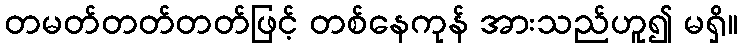
တမတ်တတ်တတ်ဖြင့် တစ်နေကုန် အားသည်ဟူ၍ မရှိ။